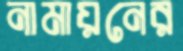
নামায়নের